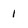
Character: 1